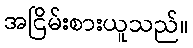
အငြိမ်းစားယူသည်။